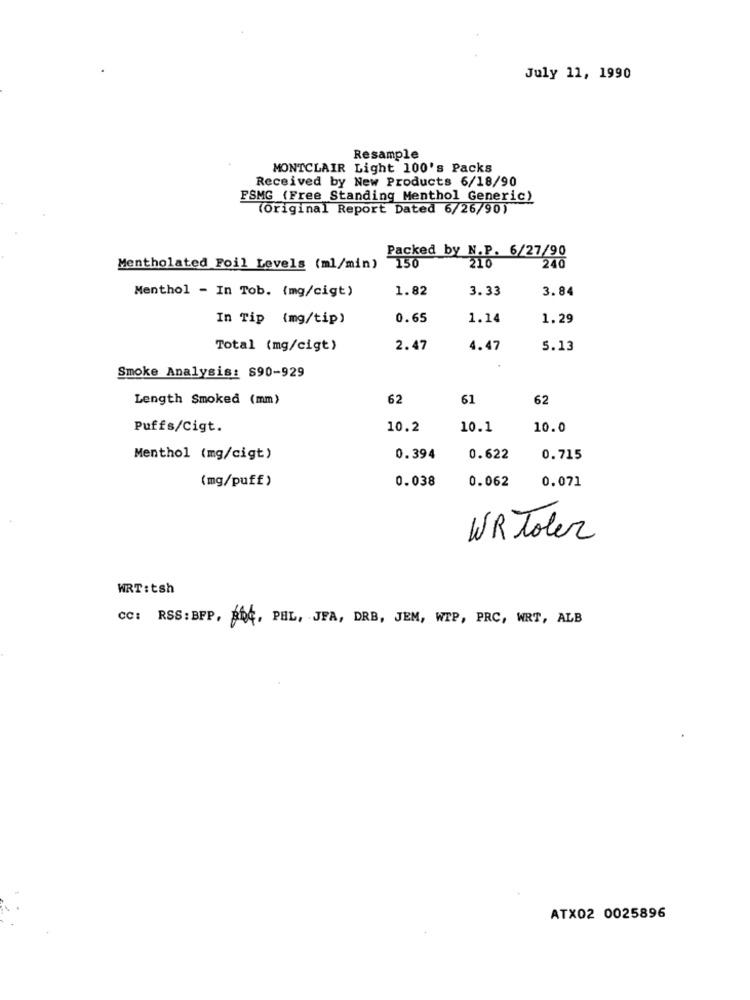
July 11, 1990
Resample
MONTCLAIR Light 100's Packs
Received by New Products 6/18/90
FSMG (Free Standing Menthol Generic)
(Original Report Dated 6/26/90)
Packed by N.P. 6/27/90
Mentholated Foil Levels (ml/min)
150
240
Menthol - In Tob. (mg/cigt)
1.82
3.33
3.84
In Tip (mg/tip)
0.65
1.14
1.29
Total (mg/cigt)
2.47
4.47
5.13
Smoke Analysis: S90-929
Length Smoked (mm)
62
61
62
Puffs/Cigt.
10.2
10.1
10.0
Menthol (mg/cigt)
0.394
0.622
0.715
(mg/puff)
0.038
0.062
0.071
WR Toler
WRT:tsh
CC: RSS: BFP, ROG, PEL, JFA, DRB, JEM, WIP, PRC, WRT, ALB
ATX02 0025896